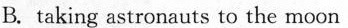
C. visiting Jupiter and several asteroids